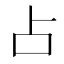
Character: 占